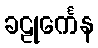
ခဠုင်္ကေန